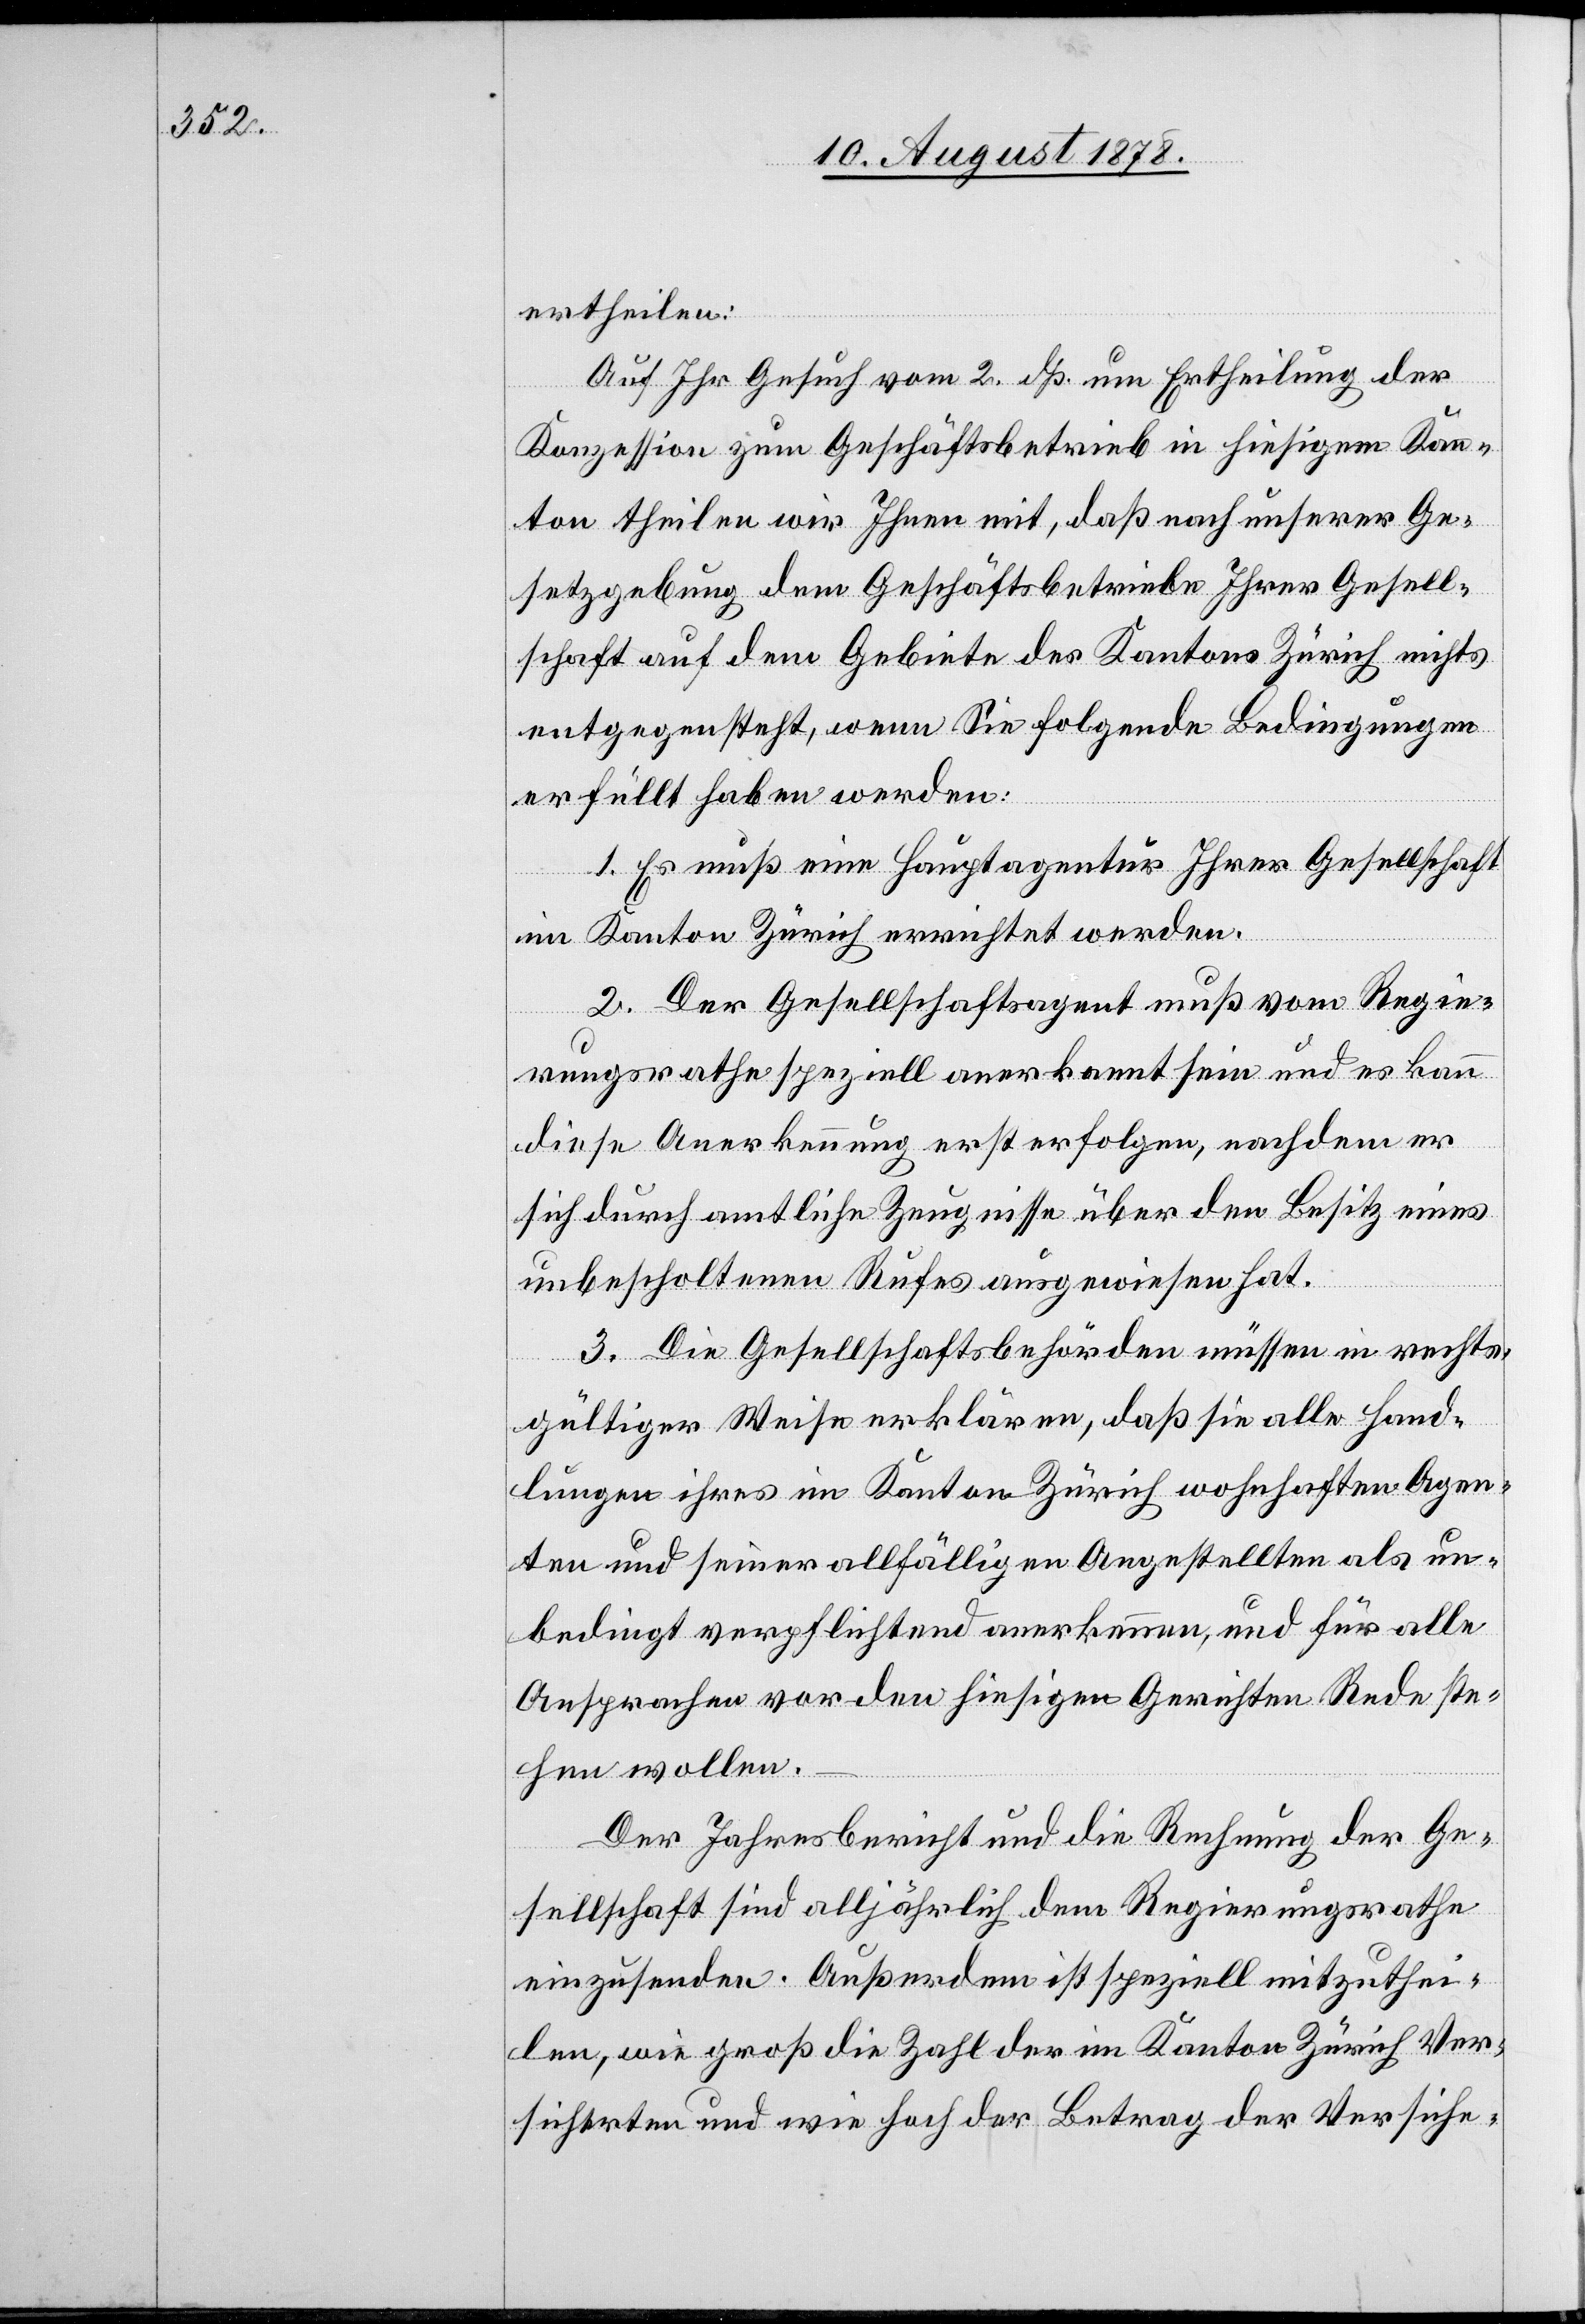
ertheilen:
Auf Ihr Gesuch vom 2. dß um Ertheilung der
Konzession zum Geschäftsbetrieb in hiesigem Kan¬
ton theilen wir Ihnen mit, daß nach unserer Ge¬
setzgebung dem Geschäftsbetriebe Ihrer Gesell¬
schaft auf dem Gebiete des Kantons Zürich nichts
entgegensteht, wenn Sie folgende Bedingungen
erfüllt haben werden:
1. Es muß eine Hauptagentur Ihrer Gesellschaft
im Kanton Zürich errichtet werden.
2. Der Gesellschaftsagent muß vom Regie¬
rungsrathe speziell anerkannt sein und es kann
diese Anerkennung erst erfolgen, nachdem er
sich durch amtliche Zeugnisse über den Besitz eines
unbescholtenen Rufes ausgewiesen hat.
3. Die Gesellschaftsbehörden müssen in rechts¬
gültiger Weise erklären, daß sie alle Hand¬
lungen ihres im Kanton Zürich wohnhaften Agen¬
ten und seiner allfälligen Angestellten als un¬
bedingt verpflichtend anerkennen, und für alle
Ansprachen vor den hiesigen Gerichten Rede ste¬
hen wollen.
Der Jahresbericht und die Rechnung der Ge¬
sellschaft sind alljährlich dem Regierungsrathe
einzusenden. Außerdem ist speziell mitzuthei¬
len, wie groß die Zahl der im Kanton Zürich Ver¬
sicherten und wie hoch der Betrag der Versiche-